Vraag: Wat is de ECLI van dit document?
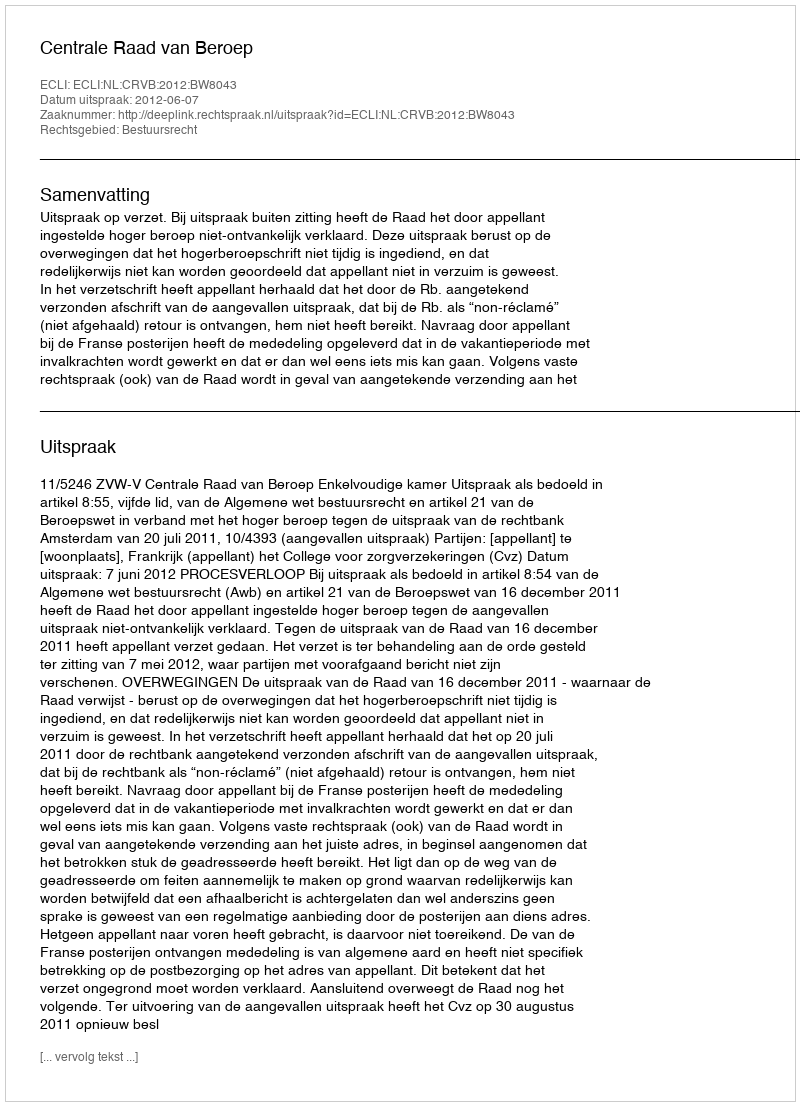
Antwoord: ECLI:NL:CRVB:2012:BW8043